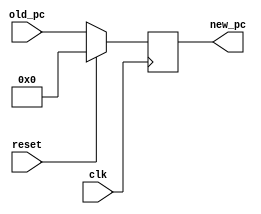
module pc(clk, reset, old_pc, new_pc);
	input clk;
	input reset;
	input  [63:0] old_pc;
	output reg [63:0] new_pc;

	always @ (posedge clk) begin
		if(reset==1) 
			new_pc = 0;
		else 
			new_pc = old_pc;
	end

endmodule